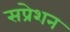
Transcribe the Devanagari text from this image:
सप्रेशन